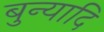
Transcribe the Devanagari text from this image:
बुन्यादि